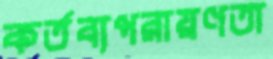
কর্তব্যপরায়ণতা